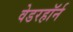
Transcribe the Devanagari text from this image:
वेडरहॉर्न